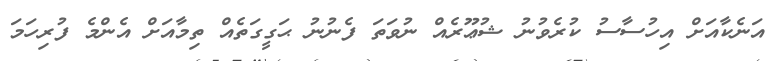
އަނެކާއަށް އިހުސާސު ކުރެވުނު ޝުޢޫރެއް ނުވަތަ ފެނުނު ޙަގީގަތެއް ތިމާއަށް އެންމެ ފުރިހަމަ